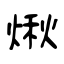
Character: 煍